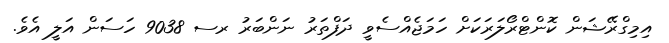
އިމިގްރޭޝަން ކޮންޓްރޯލަރަކަށް ހަމަޖެއްސެވީ ދަފްތަރު ނަންބަރު ރސ 9038 ހަސަން އަލީ އެވެ.